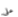
علي